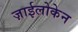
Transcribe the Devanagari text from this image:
ज़ाईलोकेन